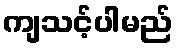
ကျသင့်ပါမည်